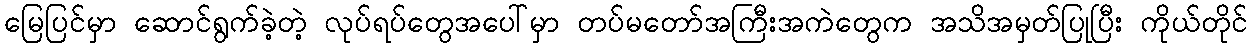
မြေပြင်မှာ ဆောင်ရွက်ခဲ့တဲ့ လုပ်ရပ်တွေအပေါ်မှာ တပ်မတော်အကြီးအကဲတွေက အသိအမှတ်ပြုပြီး ကိုယ်တိုင်